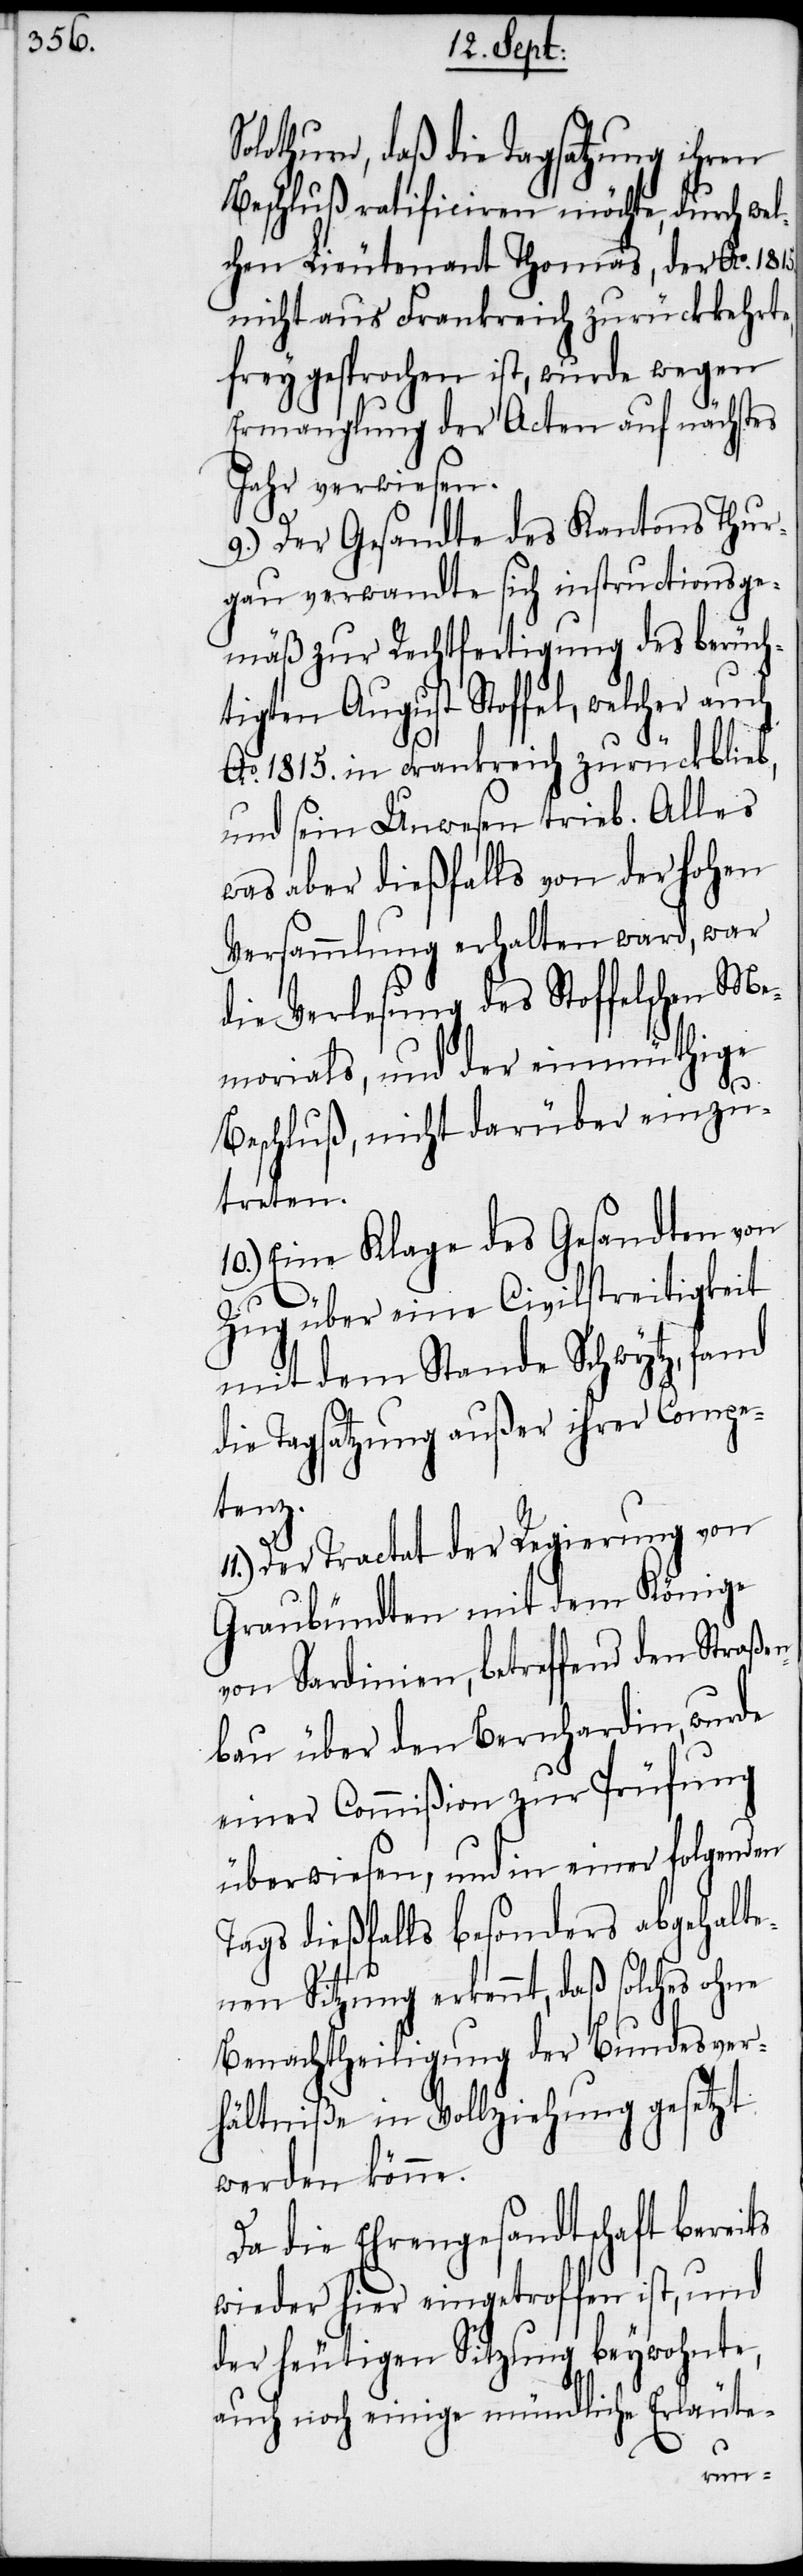
olothurn, daß die Tagsatzung ihren
Beschluß ratificiren möchte, durch wel¬
chen Lieutenant Thomas, der Ao. 1815.
nicht aus Frankreich zurückkehrte,
freygesprochen ist, wurde wegen
Ermanglung der Acten auf nächstes
Jahr verwiesen.
9.) Der Gesandte des Kantons Thur¬
gau verwandte sich instructionsge¬
mäß zur Rechtfertigung des berüch¬
tigten August Stoffel, welcher auch
S¬
Ao. 1815. in Frankreich zurückblieb,
und sein Unwesen trieb. Alles
was aber dießfalls von der hohen
Versammlung erhalten ward, war
die Verlesung des Stoffelschen Me¬
morials, und der einmüthige
Beschluß, nicht darüber einzu¬
treten.
10.) Eine Klage des Gesandten von
Zug über eine Civilstreitigkeit
mit dem Stande Schwytz, fand
die Tagsatzung außer ihrer Compe¬
tenz.
Der Tractat der Regierung von
Graubündten mit dem Könige
von Sardinien, betreffend den Straß¬
bau über den Bernhardin, wurde
einer Commißion zur Prüfung
überwiesen, und in einer folgenden
Tags dießfalls besonders abgehalte¬
nen Sitzung erkennt, daß solches ohne
Benachtheiligung der Bundesver¬
hältniße in Vollziehung gesetzt
werden könne.
Da die Ehrengesandtschaft bereits
wieder hier eingetroffen ist, und
der heutigen Sitzung beywohnte,
auch noch einige mündliche Erläute-
en¬